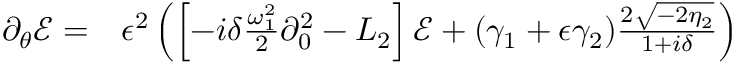
\begin{array} { r l } { \partial _ { \theta } \mathcal { E } = } & { { } \epsilon ^ { 2 } \left( \left[ - i \delta \frac { \omega _ { 1 } ^ { 2 } } { 2 } \partial _ { 0 } ^ { 2 } - L _ { 2 } \right] \mathcal { E } + ( \gamma _ { 1 } + \epsilon \gamma _ { 2 } ) \frac { 2 \sqrt { - 2 \eta _ { 2 } } } { 1 + i \delta } \right) } \end{array}